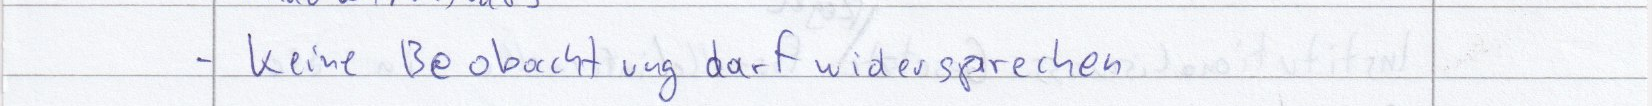
- Keine Beobachtung darf widersprechen